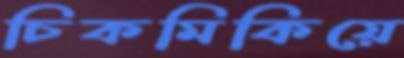
চিকমিকিয়ে